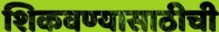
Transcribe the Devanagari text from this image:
शिकवण्यासाठीची